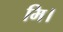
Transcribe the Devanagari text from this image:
मि।